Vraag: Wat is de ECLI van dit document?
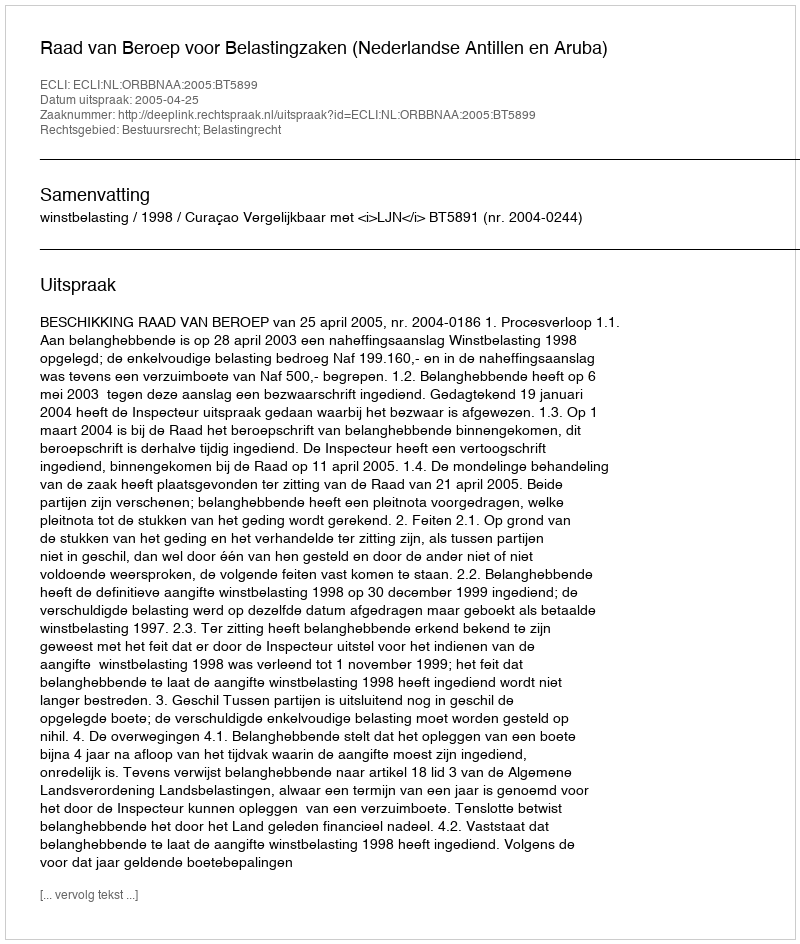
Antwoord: ECLI:NL:ORBBNAA:2005:BT5899